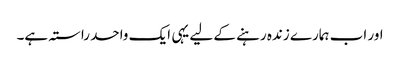
اور اب ہمارے زندہ رہنے کے لیے یہی ایک واحد راستہ ہے۔